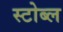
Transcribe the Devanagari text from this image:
स्टोब्ल